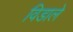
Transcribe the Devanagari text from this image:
विडाले